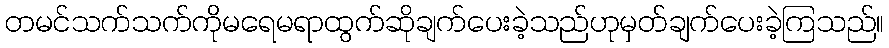
တမင်သက်သက်ကိုမရေမရာထွက်ဆိုချက်ပေးခဲ့သည်ဟုမှတ်ချက်ပေးခဲ့ကြသည်။